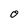
Character: O